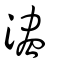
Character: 濜